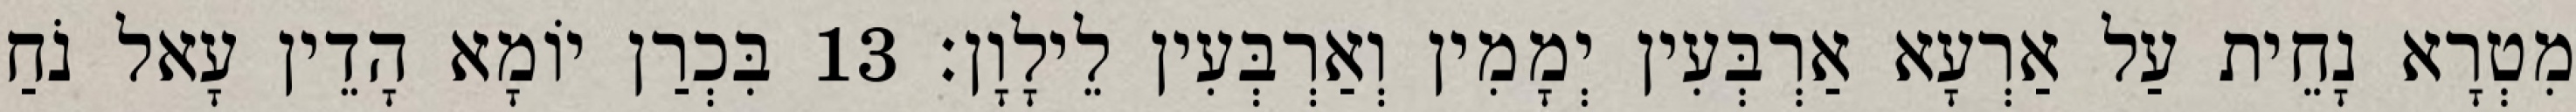
מִטְרָא נָחֵית עַל אַרְעָא אַרְבְּעִין יְמָמִין וְאַרְבְּעִין לֵילָוָן׃ 13 בִּכְרַן יוֹמָא הָדֵין עָאל נֹחַ